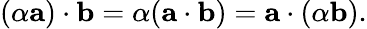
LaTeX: (\alpha\mathbf{a})\cdot\mathbf{b}=\alpha(\mathbf{a}\cdot\mathbf{b})=\mathbf{a}\cdot(\alpha\mathbf{b}).